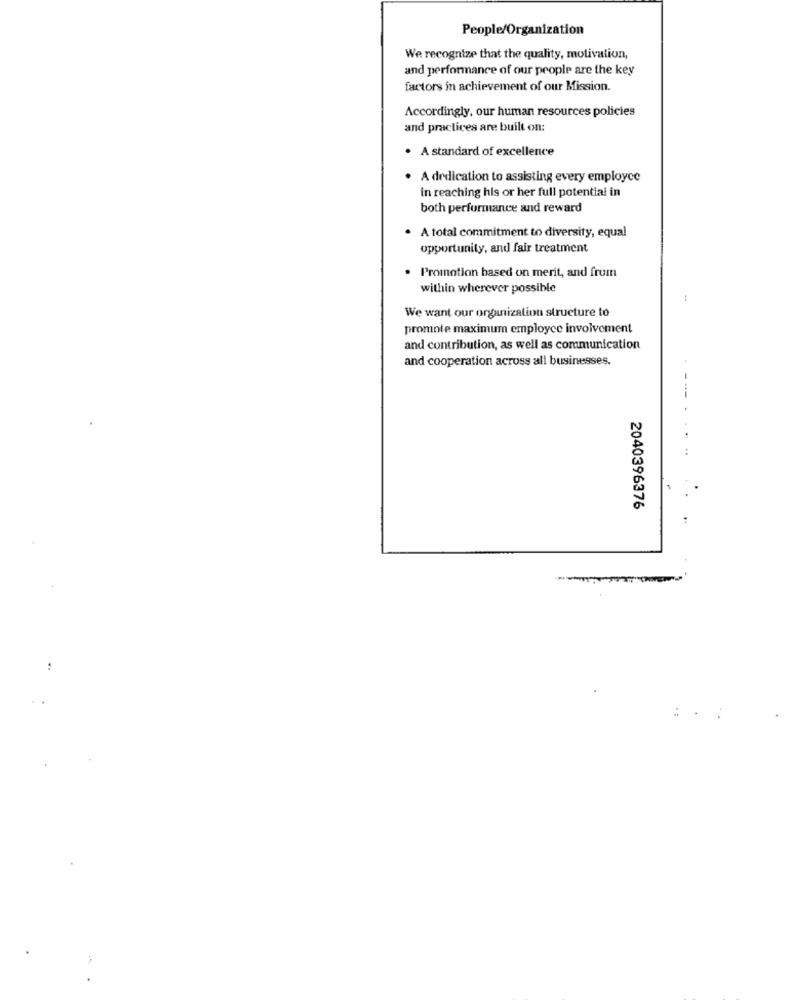
People/Organization
We recognize that the quality, motivation,
and performance of our people are the key
factors in achievement of our Mission.
Accordingly, our human resources policies
and practices are built on:
· A standard of excellence
A dedication to assisting every employee
in reaching his or her full potential in
both performance and reward
· A total commitment to diversity, equal
opportunity, and fair treatment
. Promotion based on merit, and frum
within wherever possible
We want our organization structure to
promote maximum employce involvement
and contribution, as well as communication
and cooperation across all businesses.
---
... ..
2040396376